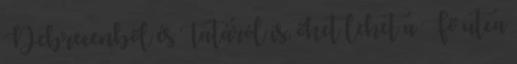
Debrecenből és Tatáról is, őket lehet a Fő utca